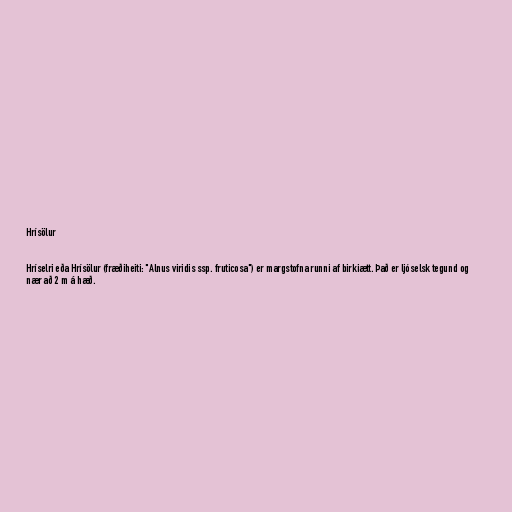
Hrísölur

Hríselri eða Hrísölur (fræðiheiti: "Alnus viridis ssp. fruticosa") er margstofna runni af birkiætt. Það er ljóselsk tegund og
nær að 2 m á hæð.